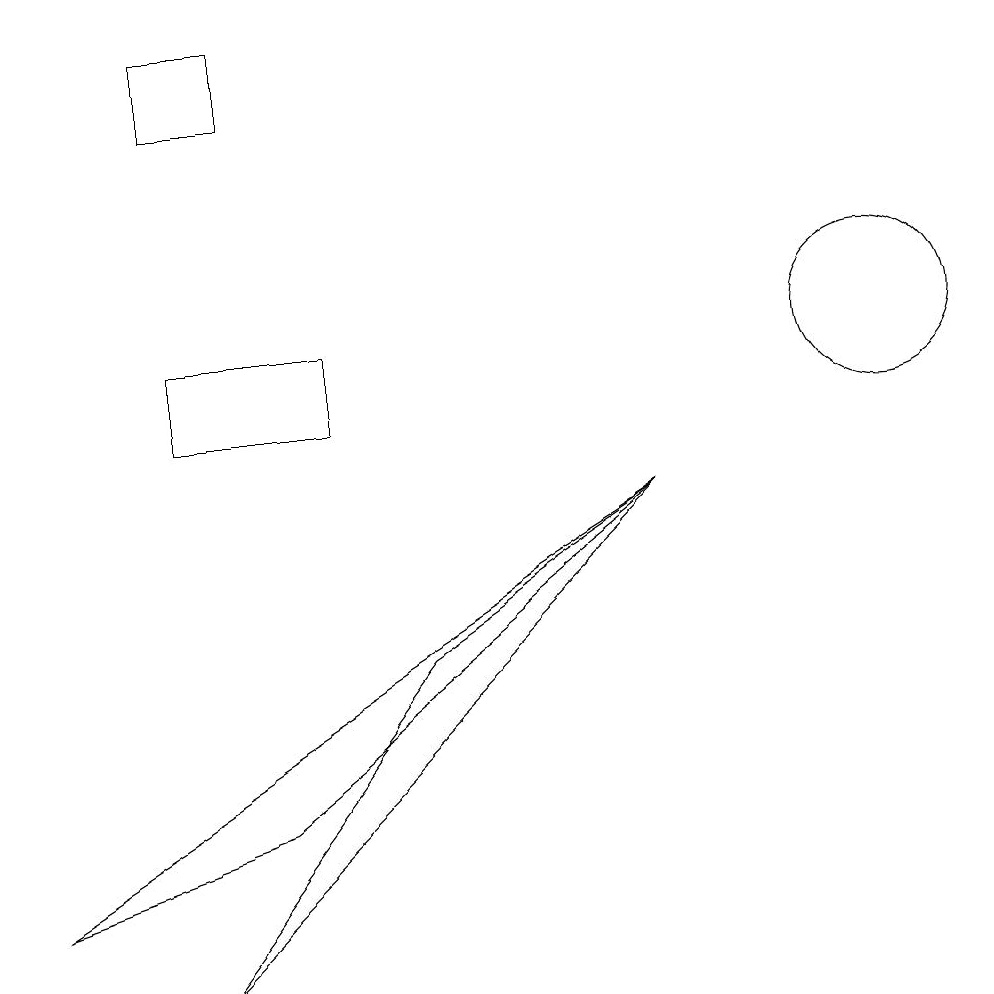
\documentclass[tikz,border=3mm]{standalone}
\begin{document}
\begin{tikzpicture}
\draw (11,11) circle (1);
\draw (3,5) -- (8,9) -- (0,4) -- cycle;
\draw (8,9) -- (2,3) -- (5,7) -- cycle;
\draw (2,15) rectangle (3,14);
\draw (4,11) rectangle (2,10);
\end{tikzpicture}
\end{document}